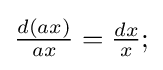
{\textstyle {\frac {d(ax)}{ax}}={\frac {dx}{x}};}